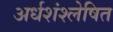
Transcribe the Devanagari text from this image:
अर्धशंश्लेषित